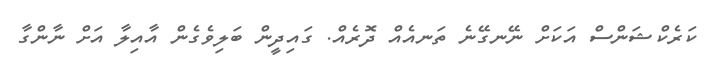
ކަރެކްޝަންސް އަކަށް ނޭނގޭނެ ތަނއެއް ދޮރެއް. ގައިދީން ބަލިވެގެން އާއިލާ އަށް ނާންގާ